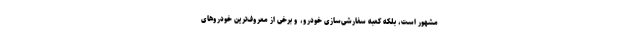
مشهور است، بلکه کعبه سفارشی‌سازی خودرو، و برخی از معروف‌ترین خودروهای